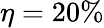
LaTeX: \eta=20\%